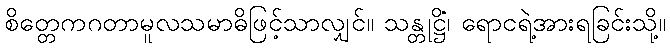
စိတ္တေကဂတာမူလသမာဓိဖြင့်သာလျှင်။ သန္တုဋ္ဌိံ၊ ရောငရဲ့အားရခြင်းသို့။